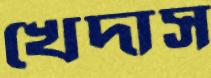
খেদাস